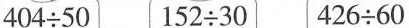
$$404\div 50$$ $$152\div 30$$ $$426\div 60$$